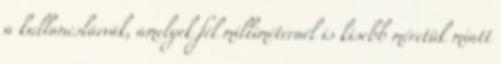
a kullancslárvák, amelyek fél milliméternél is kisebb méretük miatt